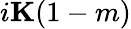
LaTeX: i\mathbf{K}(1-m)